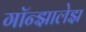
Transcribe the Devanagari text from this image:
गॉन्झालेझ